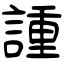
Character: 諥